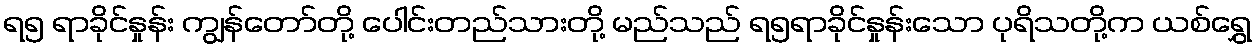
ရ၅ ရာခိုင်နှုန်း ကျွန်တော်တို့ ပေါင်းတည်သားတို့ မည်သည် ရ၅ရာခိုင်နှုန်းသော ပုရိသတို့က ယစ်ရွှေ